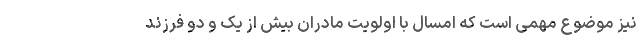
نیز موضوع مهمی است که امسال با اولویت مادران بیش از یک و دو فرزند